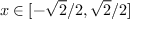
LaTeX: x \in [ - { \sqrt { 2 } } / 2 , { \sqrt { 2 } } / 2 ]